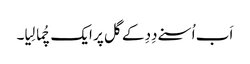
اَب اُسنے دِدِ کے گل پر ایک چُما لِیا۔